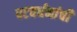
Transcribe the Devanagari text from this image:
पटवर्धनांची